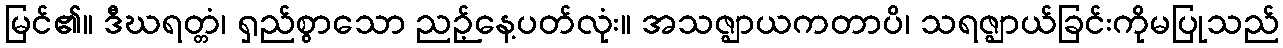
မြင်၏။ ဒီဃရတ္တံ၊ ရှည်စွာသော ညဉ့်နေ့ပတ်လုံး။ အသဇ္ဈာယကတာပိ၊ သရဇ္ဈာယ်ခြင်းကိုမပြုသည်